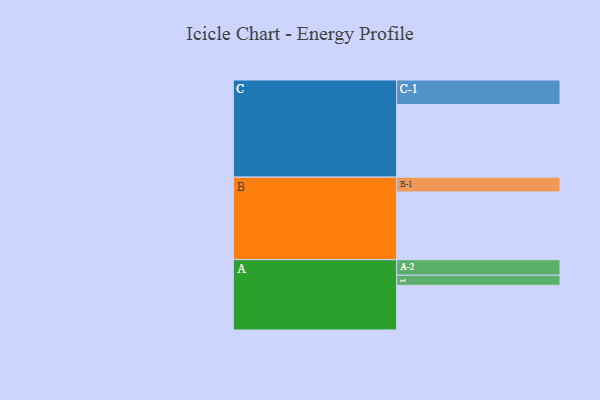
{"axis": {"x": "Segment", "y": "Value"}, "legend": ["", "A", "B", "C"], "data": [{"x": "A", "y": 330, "type": ""}, {"x": "B", "y": 500, "type": ""}, {"x": "C", "y": 536, "type": ""}, {"x": "A-1", "y": 74, "type": "A"}, {"x": "A-2", "y": 115, "type": "A"}, {"x": "B-1", "y": 109, "type": "B"}, {"x": "C-1", "y": 181, "type": "C"}]}